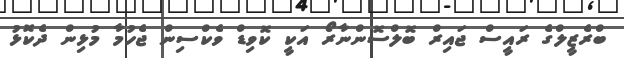
ބްރެޒީލްގެ ރައީސް ޖައިރް ބޮލްސޮންނާރޯ އަކީ ކޮވިޑް ވެކްސިން ޖެހުމާ މުޅިން ދެކޮޅު